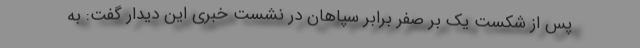
پس از شکست یک بر صفر برابر سپاهان در نشست خبری این دیدار گفت: به